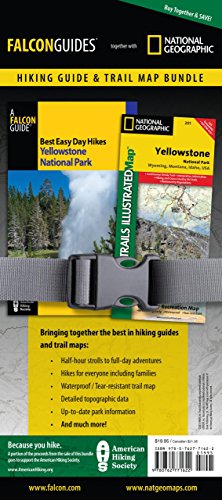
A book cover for Best Easy Day Hiking Guide and Trail Map Bundle: Yellowstone National Park (Best Easy Day Hikes Series); Bill Schneider; Travel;